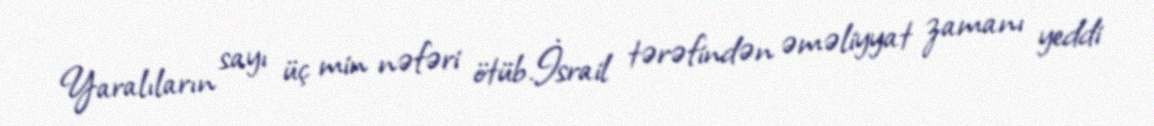
Yaralıların sayı üç min nəfəri ötüb.İsrail tərəfindən əməliyyat zamanı yeddi